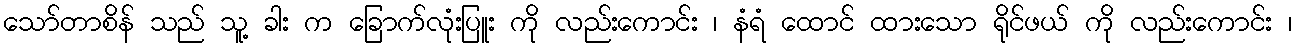
သော်တာစိန် သည် သူ့ ခါး က ခြောက်လုံးပြူး ကို လည်းကောင်း ၊ နံရံ ထောင် ထားသော ရိုင်ဖယ် ကို လည်းကောင်း ၊